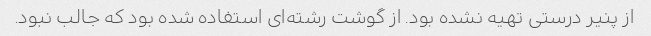
از پنیر درستی تهیه نشده بود. از گوشت رشته‌ای استفاده شده بود که جالب نبود.